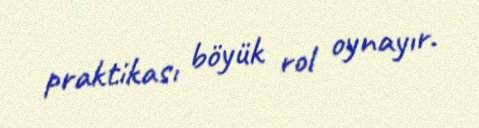
praktikası böyük rol oynayır.